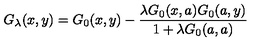
G _ { \lambda } ( x , y ) = G _ { 0 } ( x , y ) - \frac { \lambda G _ { 0 } ( x , a ) G _ { 0 } ( a , y ) } { 1 + \lambda G _ { 0 } ( a , a ) }